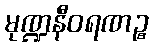
မုဏ္ဍနီဝရဏဉ္စ